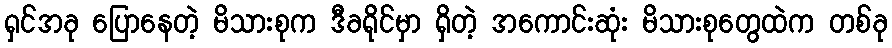
ရှင်အခု ပြောနေတဲ့ မိသားစုက ဒီခရိုင်မှာ ရှိတဲ့ အကောင်းဆုံး မိသားစုတွေထဲက တစ်ခု